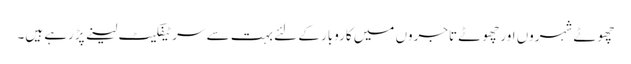
چھوٹے شہروں اور چھوٹے تاجروں میں کاروبار کے لئے بہت سے سرٹیفکیٹ لینے پڑرہے ہیں۔